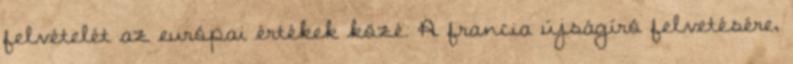
felvételét az európai értékek közé. A francia újságíró felvetésére,